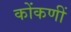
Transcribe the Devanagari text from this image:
कोंकणीं